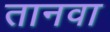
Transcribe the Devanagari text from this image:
तानवा